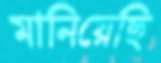
মানিয়েছি